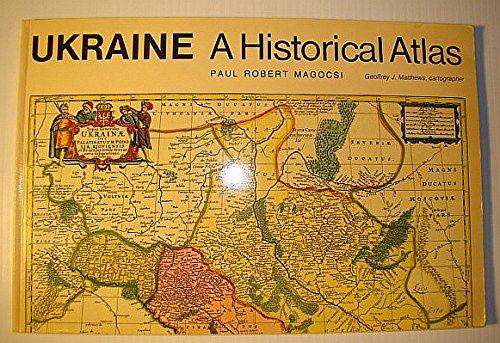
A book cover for Ukraine: A Historical Atlas (University of Toronto Ukrainian Studies); Paul Robert Magocsi; Travel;